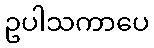
ဥပါသကာပေ